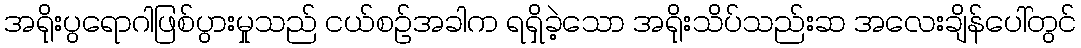
အရိုးပွရောဂါဖြစ်ပွားမှုသည် ငယ်စဉ်အခါက ရရှိခဲ့သော အရိုးသိပ်သည်းဆ အလေးချိန်ပေါ်တွင်